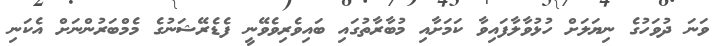
ވަނަ ދުވަހުގެ ނިޔަލަށް ހުޅުވާލާފައިވާ ކަމަށާއި މުބާރާތުގައި ބައިވެރިވެވޭނީ ފެޑެރޭޝަނުގެ މެމްބަރުންނަށް އެކަނި